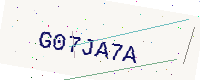
Text: G07JA7A